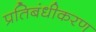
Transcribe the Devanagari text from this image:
प्रतिबंधीकरण